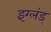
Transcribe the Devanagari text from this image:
इंग्लंड्